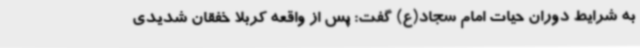
به شرایط دوران حیات امام سجاد(ع) گفت: پس از واقعه کربلا خفقان شدیدی